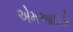
એમઆઇડી